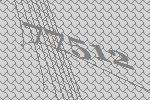
77512